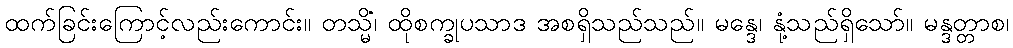
ထက်ခြင်းကြောင့်လည်းကောင်း။ တသ္မိံ၊ ထိုစက္ခုပသာဒ အစရှိသည်သည်။ မန္ဒေ၊ နုံ့သည်ရှိသော်။ မန္ဒတ္တာစ၊